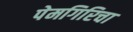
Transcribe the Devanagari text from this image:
पेमगिरिचा